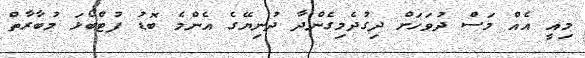
މިއީ އެއް މަސް ދުވަހަށް ދިގުދެމިގެންދާ ދުނިޔޭގެ އެންމެ ބޮޑު ފުޓްބޯޅަ މުބާރާތް